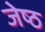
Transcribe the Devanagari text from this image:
जेष्‍ठ